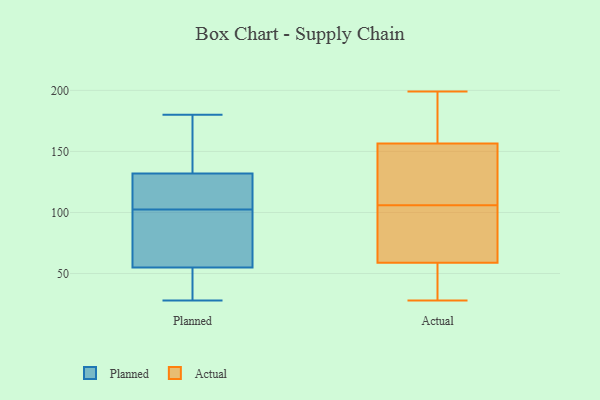
{"axis": {"x": "Waste Production (Tons)", "y": "Value"}, "legend": ["Actual", "Planned"], "data": [{"x": "", "y": 180, "type": "Planned"}, {"x": "", "y": 46, "type": "Planned"}, {"x": "", "y": 67, "type": "Planned"}, {"x": "", "y": 108, "type": "Planned"}, {"x": "", "y": 123, "type": "Planned"}, {"x": "", "y": 55, "type": "Planned"}, {"x": "", "y": 28, "type": "Planned"}, {"x": "", "y": 132, "type": "Planned"}, {"x": "", "y": 97, "type": "Planned"}, {"x": "", "y": 133, "type": "Planned"}, {"x": "", "y": 32, "type": "Actual"}, {"x": "", "y": 105, "type": "Actual"}, {"x": "", "y": 54, "type": "Actual"}, {"x": "", "y": 117, "type": "Actual"}, {"x": "", "y": 106, "type": "Actual"}, {"x": "", "y": 199, "type": "Actual"}, {"x": "", "y": 28, "type": "Actual"}, {"x": "", "y": 197, "type": "Actual"}, {"x": "", "y": 166, "type": "Actual"}, {"x": "", "y": 128, "type": "Actual"}, {"x": "", "y": 73, "type": "Actual"}, {"x": "", "y": 134, "type": "Actual"}, {"x": "", "y": 102, "type": "Actual"}, {"x": "", "y": 52, "type": "Actual"}, {"x": "", "y": 164, "type": "Actual"}]}